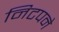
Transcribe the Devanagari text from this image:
निटपने